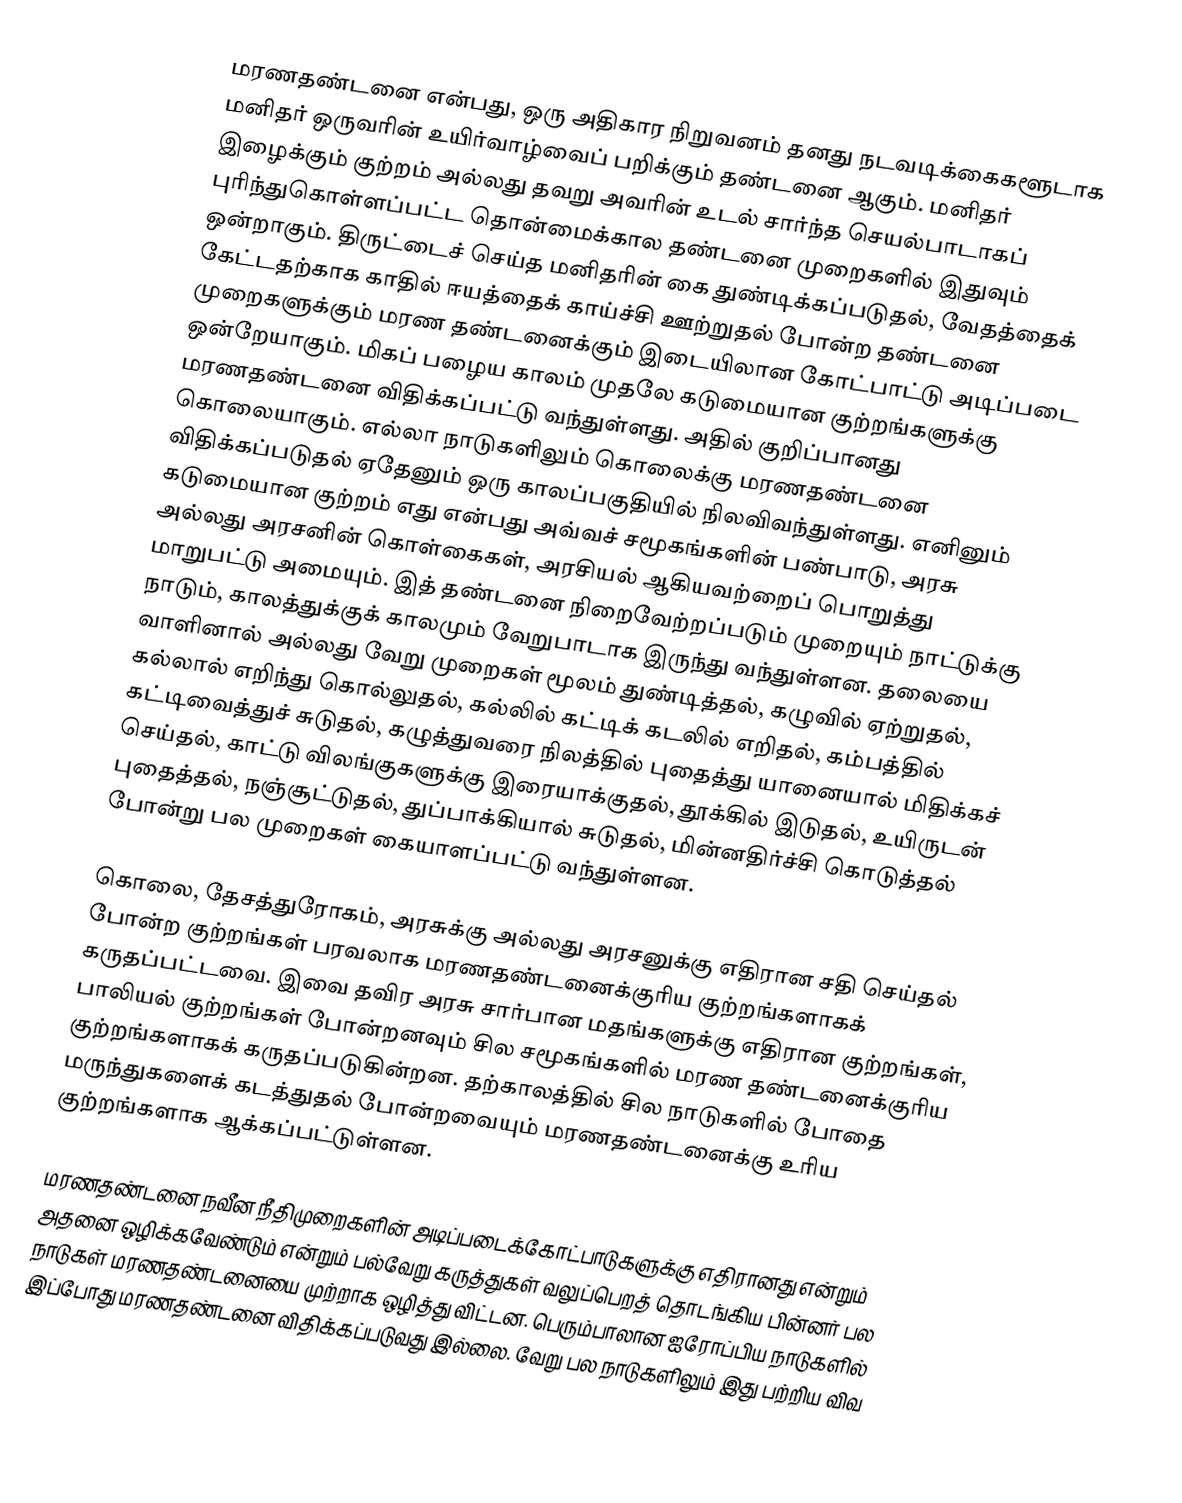
மரணதண்டனை என்பது, ஒரு அதிகார நிறுவனம் தனது நடவடிக்கைகளூடாக மனிதர் ஒருவரின் உயிர்வாழ்வைப் பறிக்கும் தண்டனை ஆகும். மனிதர் இழைக்கும் குற்றம் அல்லது தவறு அவரின் உடல் சார்ந்த செயல்பாடாகப் புரிந்துகொள்ளப்பட்ட தொன்மைக்கால தண்டனை முறைகளில் இதுவும் ஒன்றாகும். திருட்டைச் செய்த மனிதரின் கை துண்டிக்கப்படுதல், வேதத்தைக் கேட்டதற்காக காதில் ஈயத்தைக் காய்ச்சி ஊற்றுதல் போன்ற தண்டனை முறைகளுக்கும் மரண தண்டனைக்கும் இடையிலான கோட்பாட்டு அடிப்படை ஒன்றேயாகும். மிகப் பழைய காலம் முதலே கடுமையான குற்றங்களுக்கு மரணதண்டனை விதிக்கப்பட்டு வந்துள்ளது. அதில் குறிப்பானது கொலையாகும். எல்லா நாடுகளிலும் கொலைக்கு மரணதண்டனை விதிக்கப்படுதல் ஏதேனும் ஒரு காலப்பகுதியில் நிலவிவந்துள்ளது. எனினும் கடுமையான குற்றம் எது என்பது அவ்வச் சமூகங்களின் பண்பாடு, அரசு அல்லது அரசனின் கொள்கைகள், அரசியல் ஆகியவற்றைப் பொறுத்து மாறுபட்டு அமையும். இத் தண்டனை நிறைவேற்றப்படும் முறையும் நாட்டுக்கு நாடும், காலத்துக்குக் காலமும் வேறுபாடாக இருந்து வந்துள்ளன. தலையை வாளினால் அல்லது வேறு முறைகள் மூலம் துண்டித்தல், கழுவில் ஏற்றுதல், கல்லால் எறிந்து கொல்லுதல், கல்லில் கட்டிக் கடலில் எறிதல், கம்பத்தில் கட்டிவைத்துச் சுடுதல், கழுத்துவரை நிலத்தில் புதைத்து யானையால் மிதிக்கச் செய்தல், காட்டு விலங்குகளுக்கு இரையாக்குதல், தூக்கில் இடுதல், உயிருடன் புதைத்தல், நஞ்சூட்டுதல், துப்பாக்கியால் சுடுதல், மின்னதிர்ச்சி கொடுத்தல் போன்று பல முறைகள் கையாளப்பட்டு வந்துள்ளன.

கொலை, தேசத்துரோகம், அரசுக்கு அல்லது அரசனுக்கு எதிரான சதி செய்தல் போன்ற குற்றங்கள் பரவலாக மரணதண்டனைக்குரிய குற்றங்களாகக் கருதப்பட்டவை. இவை தவிர அரசு சார்பான மதங்களுக்கு எதிரான குற்றங்கள், பாலியல் குற்றங்கள் போன்றனவும் சில சமூகங்களில் மரண தண்டனைக்குரிய குற்றங்களாகக் கருதப்படுகின்றன. தற்காலத்தில் சில நாடுகளில் போதை மருந்துகளைக் கடத்துதல் போன்றவையும் மரணதண்டனைக்கு உரிய குற்றங்களாக ஆக்கப்பட்டுள்ளன.

மரணதண்டனை நவீன நீதிமுறைகளின் அடிப்படைக்கோட்பாடுகளுக்கு எதிரானது என்றும் அதனை ஒழிக்கவேண்டும் என்றும் பல்வேறு கருத்துகள் வலுப்பெறத் தொடங்கிய பின்னர் பல நாடுகள் மரணதண்டனையை முற்றாக ஒழித்து விட்டன. பெரும்பாலான ஐரோப்பிய நாடுகளில் இப்போது மரணதண்டனை விதிக்கப்படுவது இல்லை. வேறு பல நாடுகளிலும் இது பற்றிய விவ